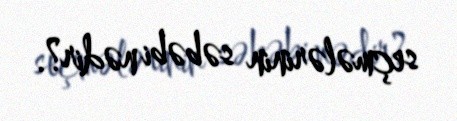
seçmələrinin səbəbi nədir?.